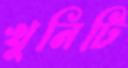
খুনিটি